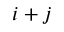
i + j